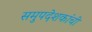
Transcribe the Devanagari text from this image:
समुपदेशकांची